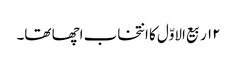
۱۲ ربیع الاوّل کا انتخاب اچھا تھا۔